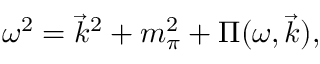
\omega ^ { 2 } = { \vec { k } } ^ { 2 } + m _ { \pi } ^ { 2 } + \Pi ( \omega , { \vec { k } } ) ,